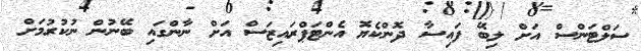
ސަލްޓަންސް އަށް ލިބޭ ފައިސާ ދޮންކެޔޮ އެންޓަޕްރައިޒަސް އަށް ނާންގައި ބޭނުން ނުކުރުމަށް